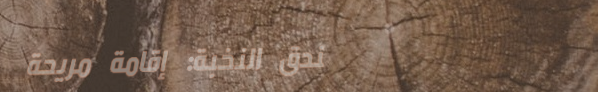
فندق النخبة: إقامة مريحة